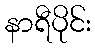
နာရီပိုင်း